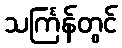
သင်္ကြန်တွင်